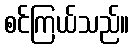
စင်ကြယ်သည်။